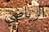
الرياضي